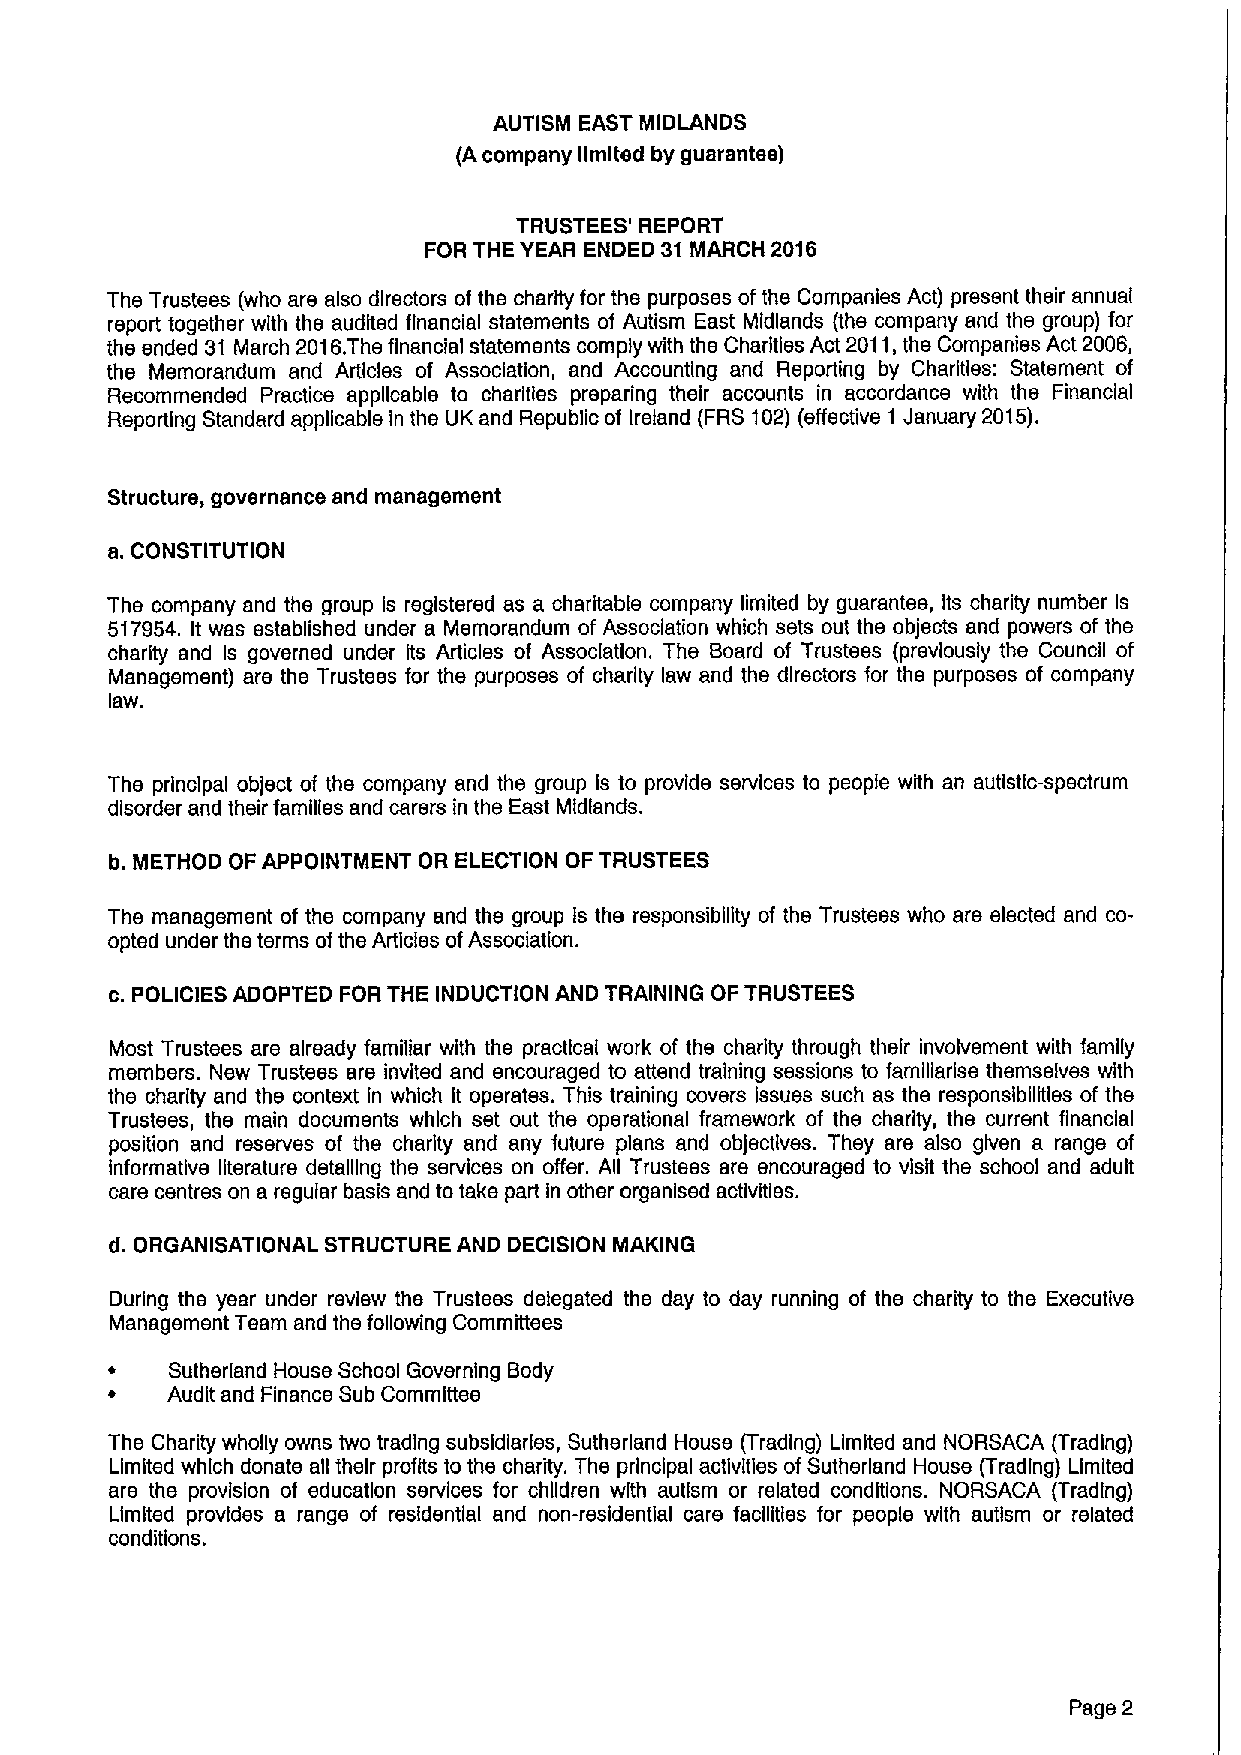
AUTISM EAST MIDLANDS
 (Acompany limited by guarantee)
 TRUSTEES' REPORT
 FOR THE YEAR ENDED 31 MARCH 2016
 The Trustees (who are also directors of the charity for the purposes ofthe Companies Act) present their annual
 report together with the audited financial statements of Autism East Midlands (the company and the group) for
 the ended 31 March 2016.The financial statements comply with the Charities Act 2011,the Companies Act 2006,
 the Memorandum and Articles of Association, and Accounting and Reporting by Charities: Statement of
 Recommended Practice applicable to charities preparing their accounts in accordance with the Financial
 Reporting Standard applicable in the UK and Republic of Ireland (FRS 102) (effective 1 January 2015).
 Structure, governance and management
 a.CONSTITUTION
 The company and the group Is registered as a charitable company limited by guarantee, Its charity number Is
 517954. It was established under a Memorandum of Association which sets out the objects and powers of the
 charity and Is governed under Its Articles of Association. The Board of Trustees (previously the Council of
 Management) are the Trustees for the purposes of charity law and the directors for the purposes of company
 law.
 The principal object of the company and the group Is to provide services to people with an autistic-spectrum
 disorder and their families and carers in the East Midlands.
 b.METHOD OF APPOINTMENT OR ELECTION OF TRUSTEES
 The management of the company and the group Is the responsibility of the Trustees who are elected and co-
 opted under the terms ofthe Articles ofAssociation.
 c.POLICIES ADOPTED FOR THE INDUCTION AND TRAINING OF TRUSTEES
 Most Trustees are already familiar with the practical work of the charity through their involvement with family
 members. New Trustees are invited and encouraged to attend training sessions to familiarise themselves with
 the charity and the context in which It operates. This training covers issues such as the responsibilities of the
 Trustees, the main documents which set out the operational framework of the charity, the current financial
 position and reserves of the charity and any future plans and objectives. They are also given a range of
 Informative literature detailing the services on offer. All Trustees are encouraged to visit the school and adult
 care centres on a regular basis and to take part in other organlsed activities.
 d. ORGANISATIONAL STRUCTURE AND DECISION MAKING
 During the year under review the Trustees delegated the day to day running of the charity to the Executive
 Management Team and the following Committees
 ~   Sutherland House School Governing Body
 ~   Audit and Finance Sub Committee
 The Charity wholly owns two trading subsidiaries, Sutherland House (Trading) Limited and NORSACA (Trading)
 Limited which donate all their profits to the charity. The principal activities of Sutherland House (Trading) Limited
 are the provision of education services for children with autism or related conditions. NORSACA (Trading)
 Limited provides a range of residential and non-residential care facilities for people with autism or related
 conditions.
 Page 2